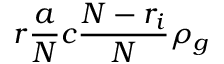
r \frac { a } { N } c \frac { N - r _ { i } } { N } \rho _ { g }